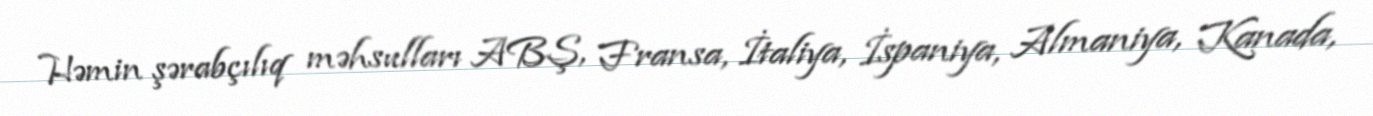
Həmin şərabçılıq məhsulları ABŞ, Fransa, İtaliya, İspaniya, Almaniya, Kanada,